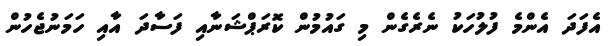
އެފަދަ އެންމެ ފުލުހަކު ނެރެގެން މި ގައުމުން ކޮރަޕްޝަނާއި ފަސާދަ އާއި ހަމަނުޖެހުން